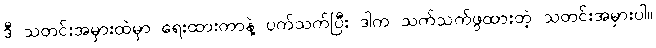
ဒီ သတင်းအမှားထဲမှာ ရေးထားတာနဲ့ ပက်သက်ပြီး ဒါက သက်သက်ဖွထားတဲ့ သတင်းအမှားပါ။